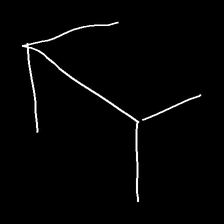
Glyph: gather